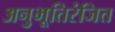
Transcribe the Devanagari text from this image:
अनुभूतिरंजित